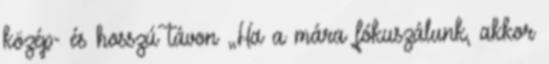
közép- és hosszú távon „Ha a mára fókuszálunk, akkor